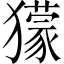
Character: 獴